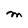
Character: M